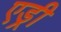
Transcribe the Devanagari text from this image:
एड्री